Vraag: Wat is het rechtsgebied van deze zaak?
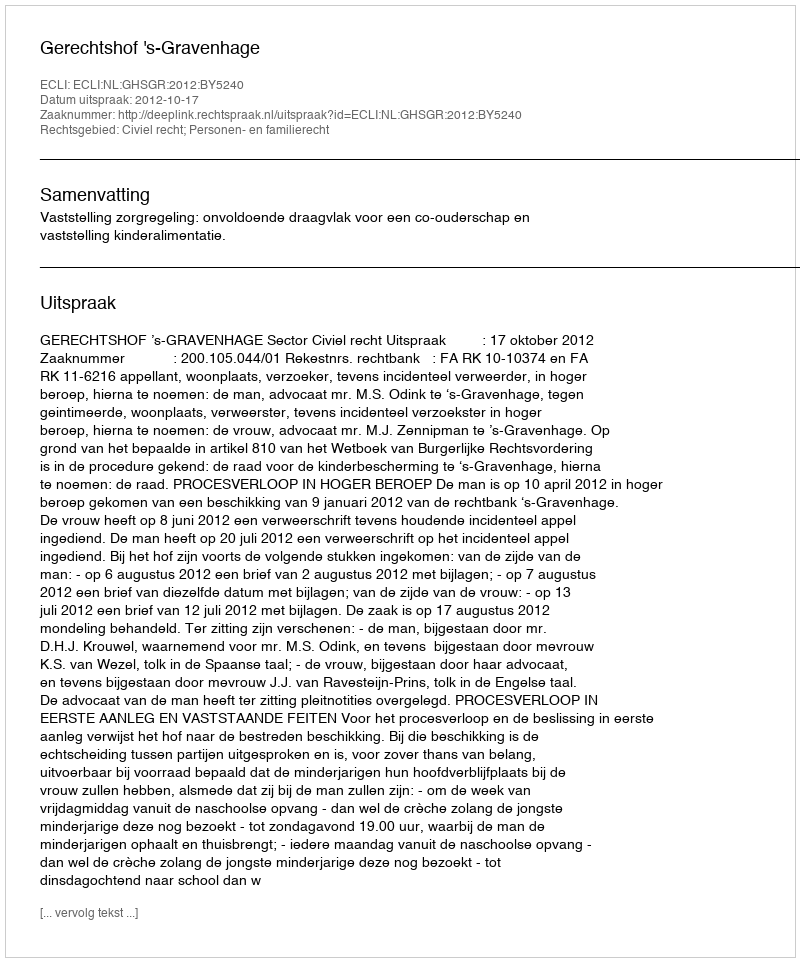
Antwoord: Civiel recht; Personen- en familierecht